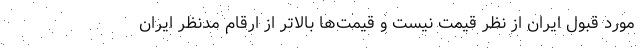
مورد قبول ایران از نظر قیمت نیست و قیمت‌ها بالاتر از ارقام مدنظر ایران